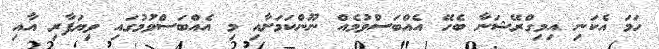
ހަމަ އެކަނި އިމިގްރޭޝަނާ ބެހޭ އެއްބަސްވުމެއް ނޫންކަމަށާއި މި އެއްބަސްވުމުގައި ވިޔަފާރި އާއި